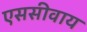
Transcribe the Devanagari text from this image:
एससीवाय